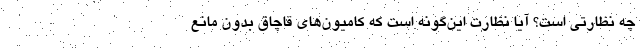
چه نظارتی است؟ آیا نظارت این‌گونه است که کامیون‌های قاچاق بدون مانع